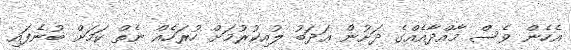
އެހެން ވެސް މާއްދާއެއްގެ ދަށުން ޢަދަބު ލުއިކުރުމަށް ހުރަހެއް ނެތް ކަމަށް ބުނެފައި